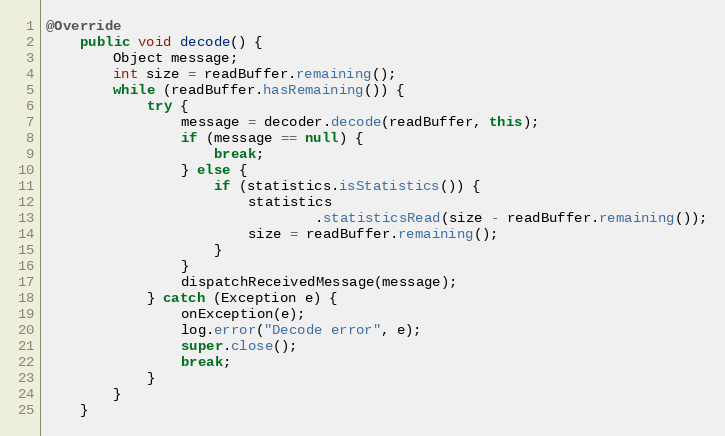
Language: Java
@Override
	public void decode() {
		Object message;
		int size = readBuffer.remaining();
		while (readBuffer.hasRemaining()) {
			try {
				message = decoder.decode(readBuffer, this);
				if (message == null) {
					break;
				} else {
					if (statistics.isStatistics()) {
						statistics
								.statisticsRead(size - readBuffer.remaining());
						size = readBuffer.remaining();
					}
				}
				dispatchReceivedMessage(message);
			} catch (Exception e) {
				onException(e);
				log.error("Decode error", e);
				super.close();
				break;
			}
		}
	}